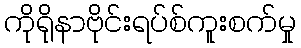
ကိုရိုနာဗိုင်းရပ်စ်ကူးစက်မှု